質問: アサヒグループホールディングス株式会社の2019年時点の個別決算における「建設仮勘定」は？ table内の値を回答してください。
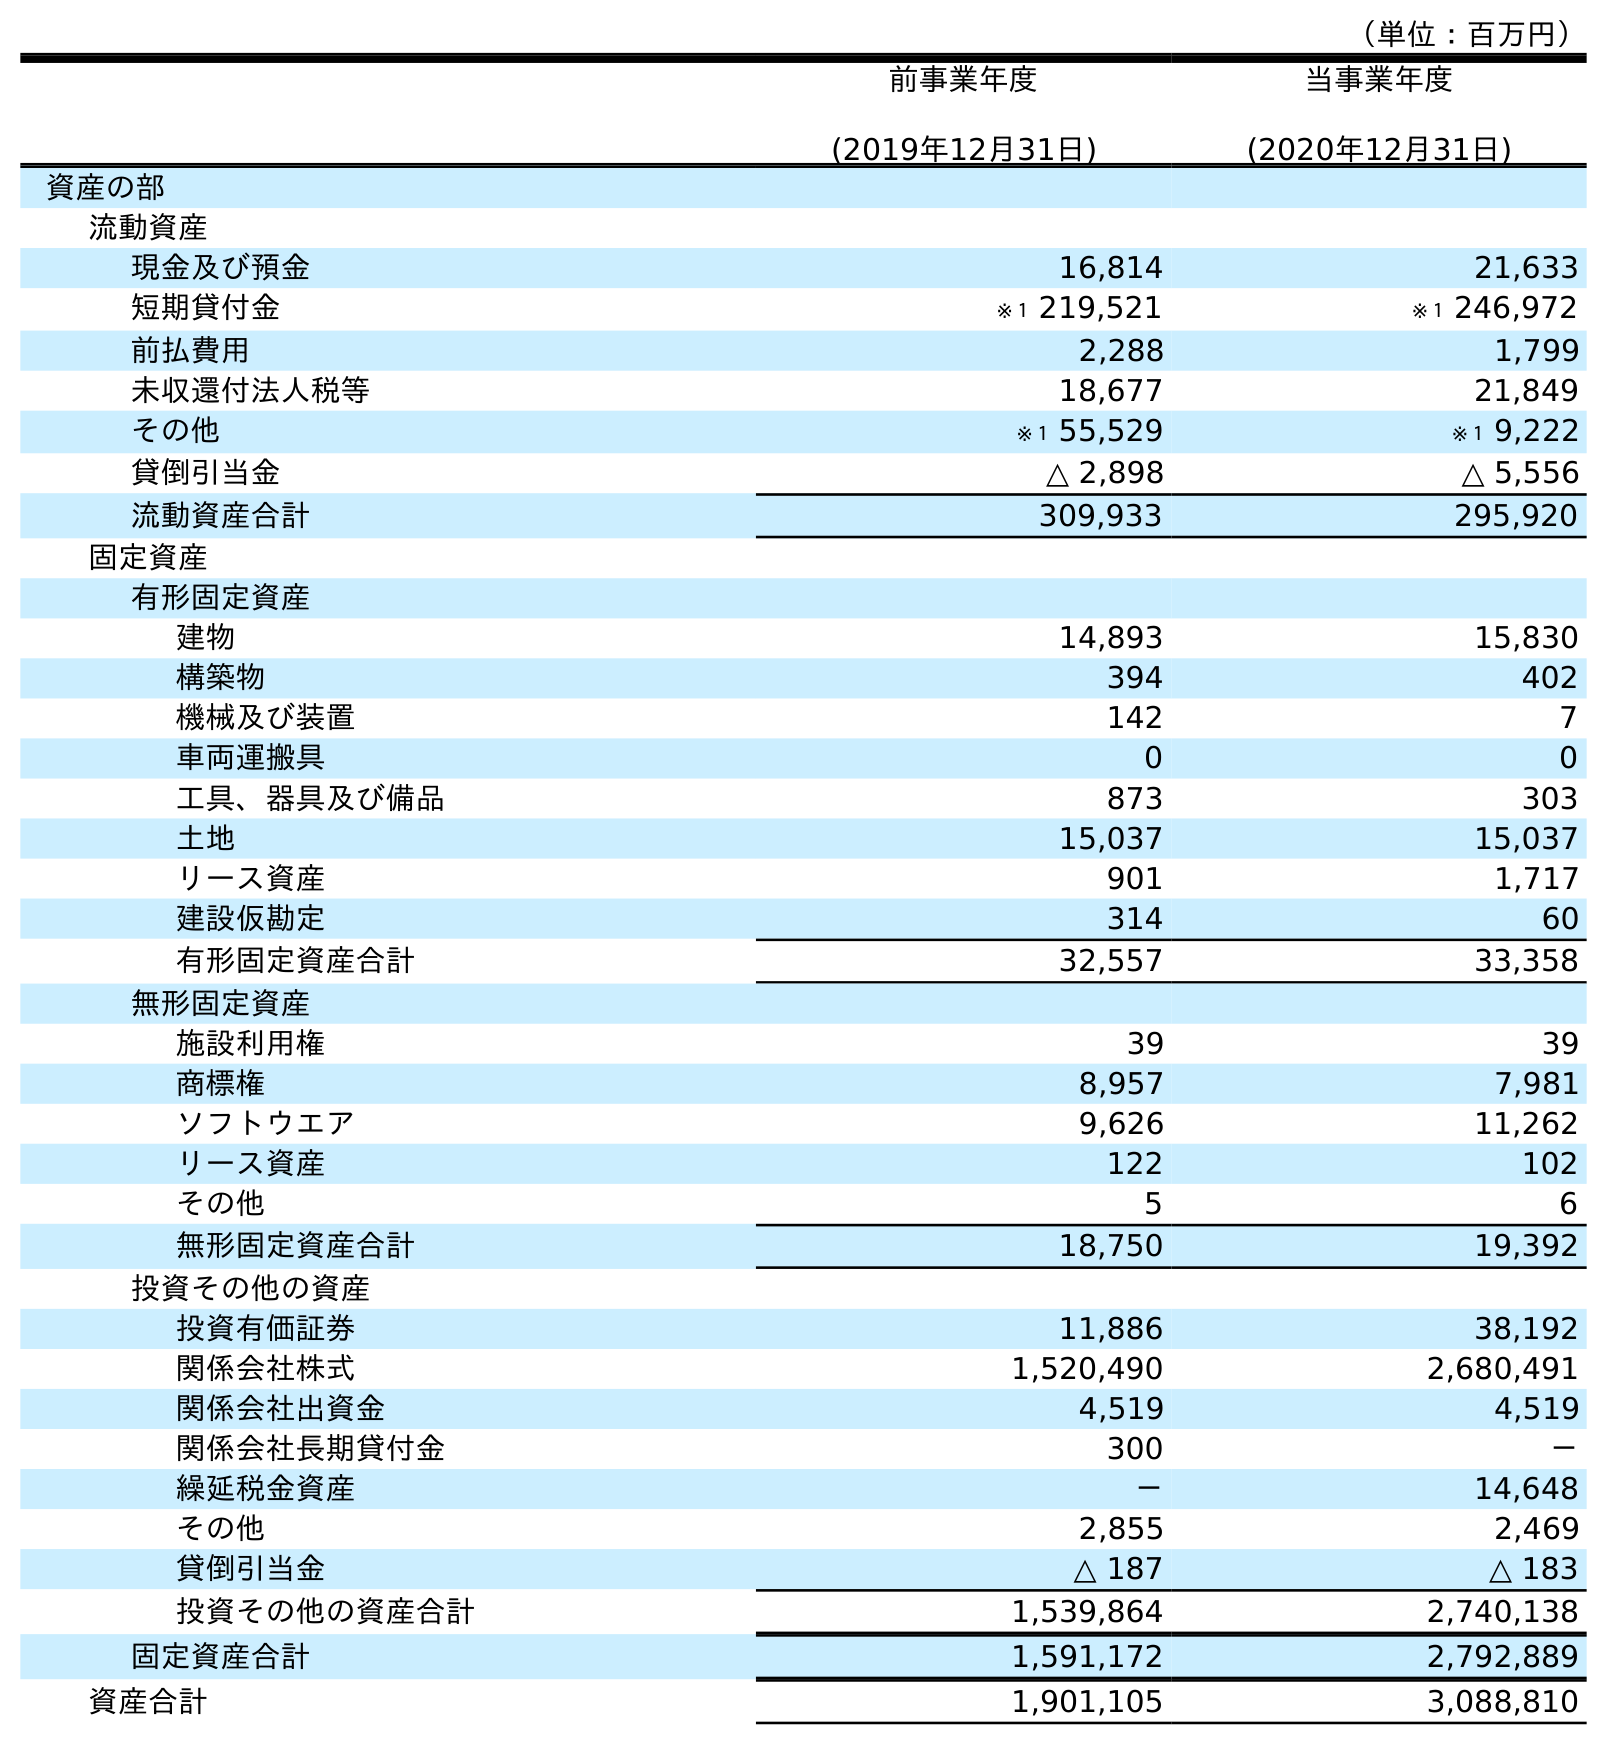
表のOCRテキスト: （単位：百万円） 前事業年度 (2019年12月31日) 当事業年度 (2020年12月31日) 資産の部 流動資産 現金及び預金 16,814 21,633 短期貸付金 ※１ 219,521 ※１ 246,972 前払費用 2,288 1,799 未収還付法人税等 18,677 21,849 その他 ※１ 55,529 ※１ 9,222 貸倒引当金 △ 2,898 △ 5,556 流動資産合計 309,933 295,920 固定資産 有形固定資産 建物 14,893 15,830 構築物 394 402 機械及び装置 142 7 車両運搬具 0 0 工具、器具及び備品 873 303 土地 15,037 15,037 リース資産 901 1,717 建設仮勘定 314 60 有形固定資産合計 32,557 33,358 無形固定資産 施設利用権 39 39 商標権 8,957 7,981 ソフトウエア 9,626 11,262 リース資産 122 102 その他 5 6 無形固定資産合計 18,750 19,392 投資その他の資産 投資有価証券 11,886 38,192 関係会社株式 1,520,490 2,680,491 関係会社出資金 4,519 4,519 関係会社長期貸付金 300 － 繰延税金資産 － 14,648 その他 2,855 2,469 貸倒引当金 △ 187 △ 183 投資その他の資産合計 1,539,864 2,740,138 固定資産合計 1,591,172 2,792,889 資産合計 1,901,105 3,088,810
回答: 314